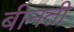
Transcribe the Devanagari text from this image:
बीनती